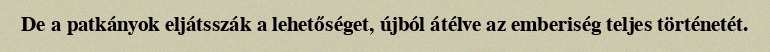
De a patkányok eljátsszák a lehetőséget, újból átélve az emberiség teljes történetét.